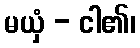
မယှံ - ငါ၏၊